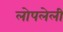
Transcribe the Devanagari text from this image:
लोपलेली